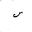
Letter: _sin